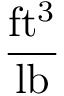
\frac { \mathrm { f t ^ { 3 } } } { \mathrm { l b } }